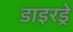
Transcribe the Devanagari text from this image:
डाइरड्रे